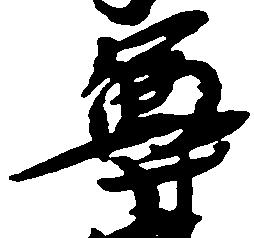
尊